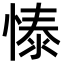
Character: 㥭